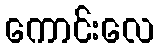
ကောင်းလေ